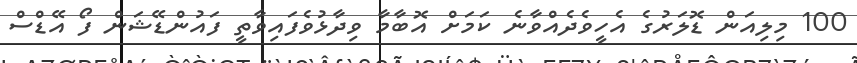
100 މިލިއަން ޑޮލަރުގެ އެހީވެދެއްވާނެ ކަމަށް އޮބާމާ ވިދާޅުވެފައިވާތީ ފައުންޑޭޝަން ފޯ އޭޑްސް